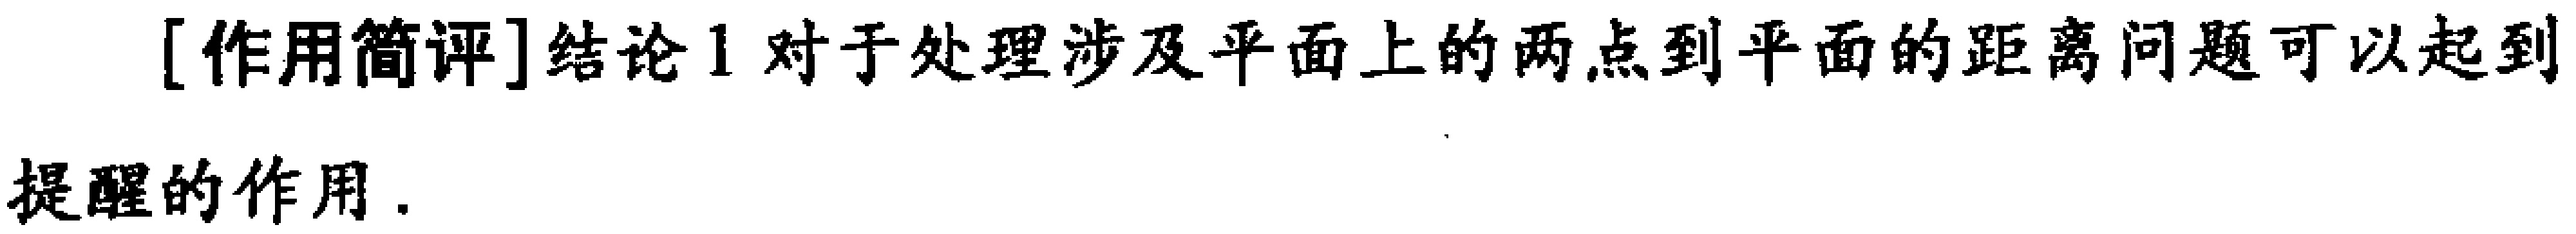
[作用简评]结论1 对于处理涉及平面上的两点到平面的距离问题可以起到提醒的作用.